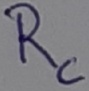
Text: Rc